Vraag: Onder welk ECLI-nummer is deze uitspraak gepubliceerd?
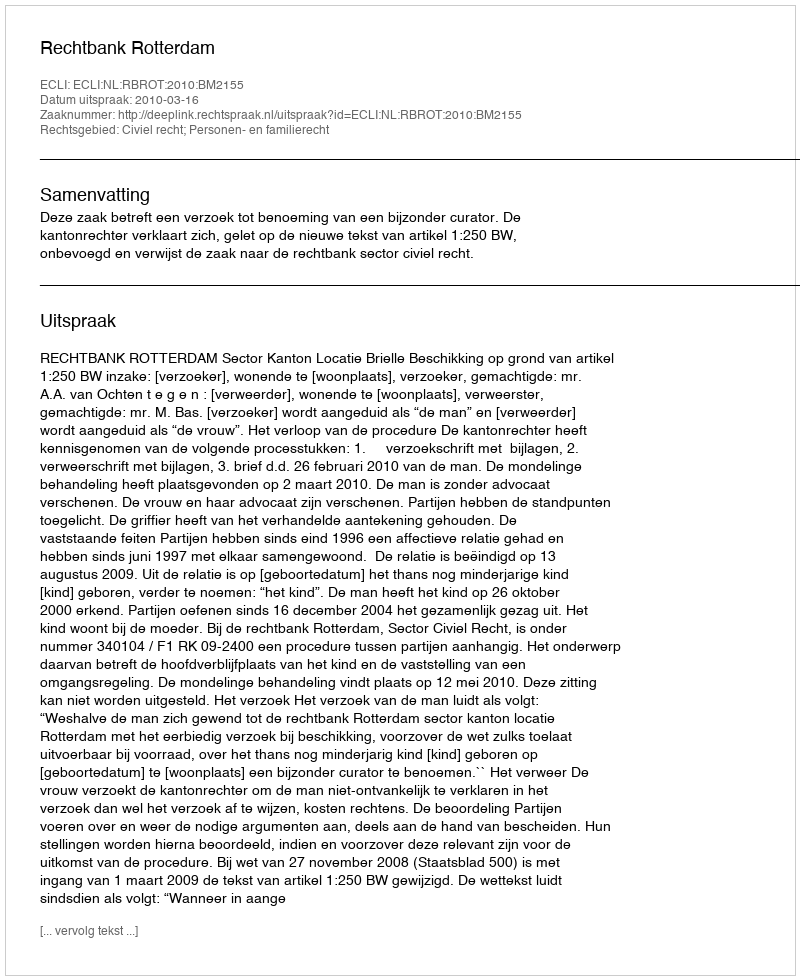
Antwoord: ECLI:NL:RBROT:2010:BM2155